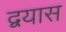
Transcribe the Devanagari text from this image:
द्वयास